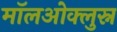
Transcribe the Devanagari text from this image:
मॉलओक्लुस्न